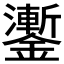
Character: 𨮜